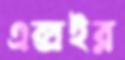
এক্সইর